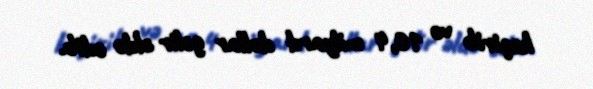
keçirib və 10,4 milyard dollar gəlir əldə edib.